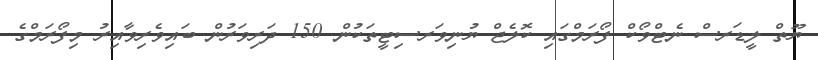
ޔޫތް ލީޑަރސް ނެޓްވޯކް ފޯރަމްގައި ކޮލެޖް ޔުނިވަރސިޓީތަކުން 150 ދަރިވަރުން ބައިވެރިވާއިރު މިފޯރަމްގެ